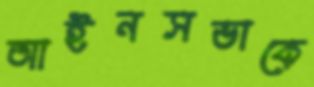
আইনসভাকে